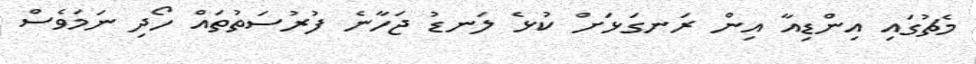
މެޗުގައި އިންޑިއާ އިން ރަނގަޅަށް ކުޅެ ލަނޑު ޖަހާނެ ފުރުސަތުތައް ހޯދި ނަމަވެސް